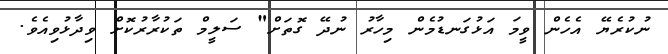
ނުކުރެޔޭ އެހެން ވީމަ އަޅުގަނޑުމެން މިހާރު ނުދޭ ގޮތަށް" ސަލީމް ތަކުރާރުކޮށް ވިދާޅުވިއެވެ.